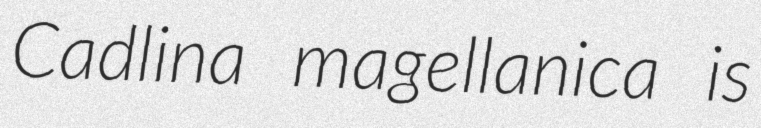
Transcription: Cadlina magellanica is